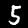
Label: 5